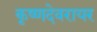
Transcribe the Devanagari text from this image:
कृष्णदेवरायर